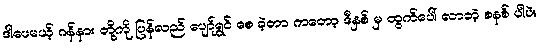
ဒါပေမယ့် ဂန်နား တို့ကို ပြန်လည် ပျော်ရွှင် စေ ခဲ့တာ ကတော့ ဒီနှစ် မှ ထွက်ပေါ် လာတဲ့ စနစ် ပါပဲ။